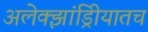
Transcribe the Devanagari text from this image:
अलेक्झांड्रिीयातच